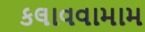
કલાવવામામ